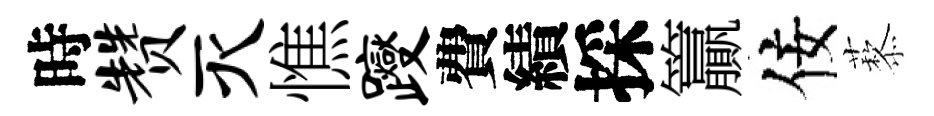
時赞灭憔躞費績採籯佞藜